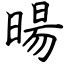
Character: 暘